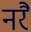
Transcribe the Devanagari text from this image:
नरै